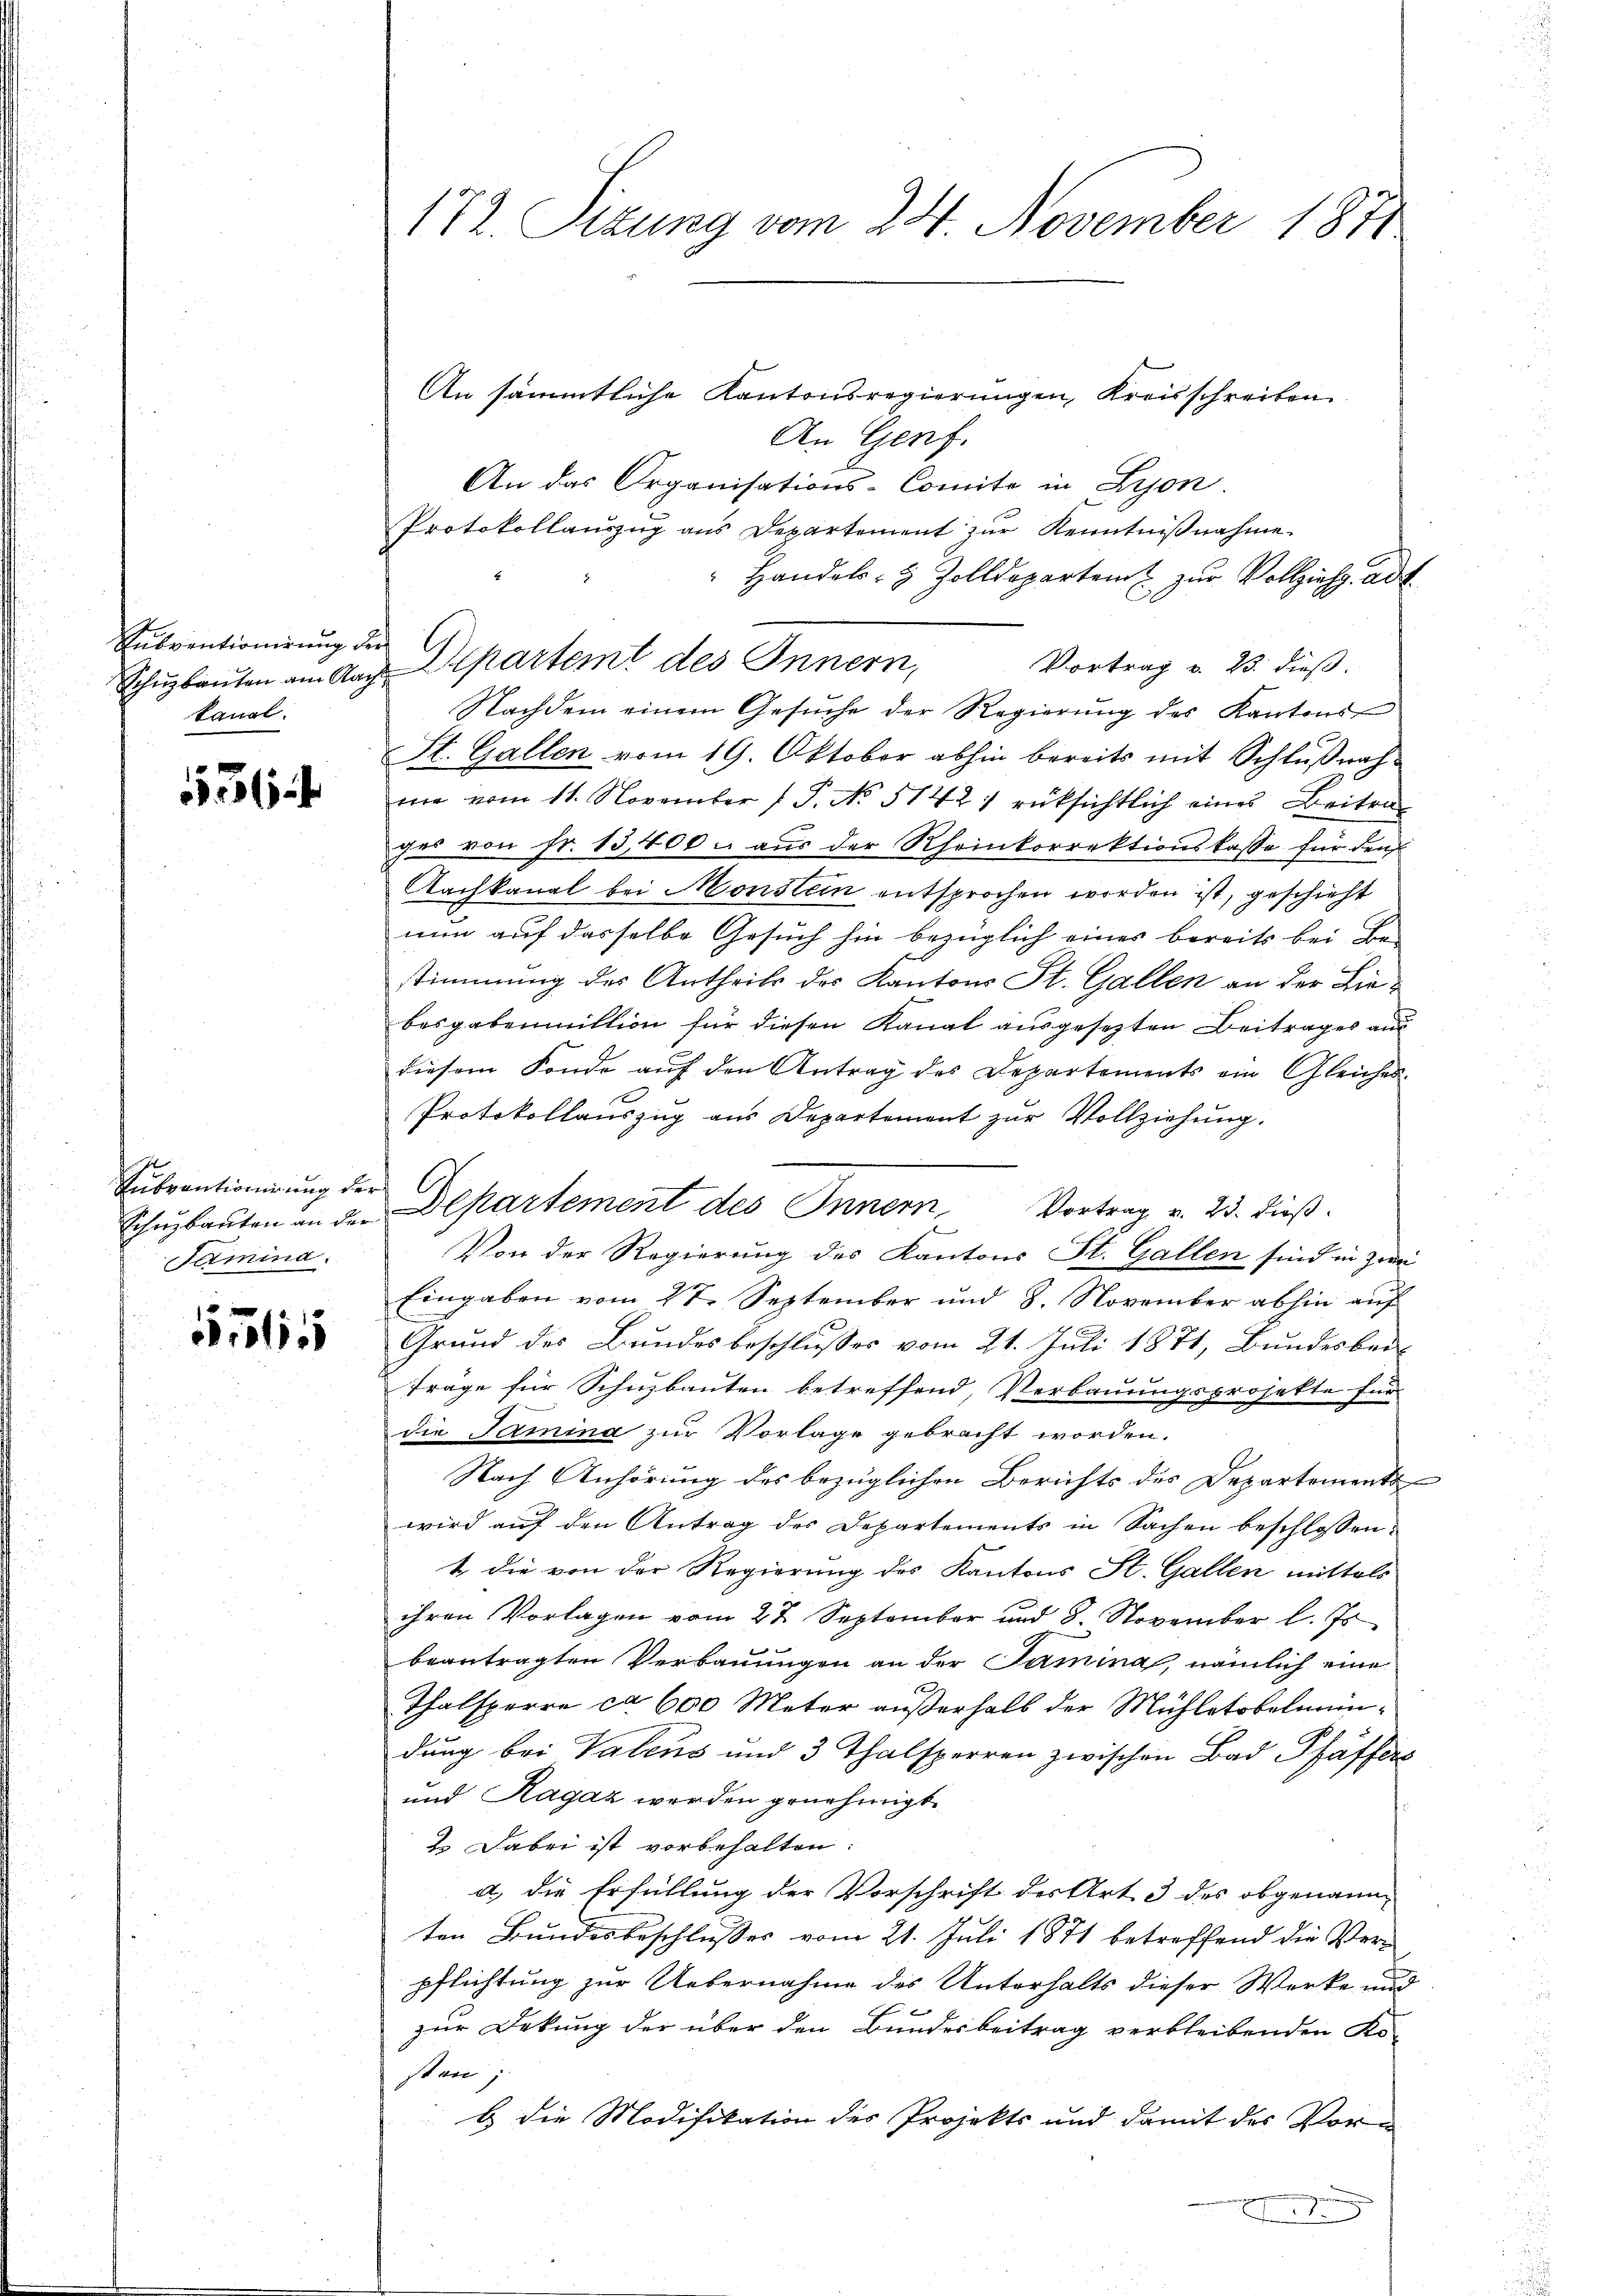
Subventionirung der
Schüzbauten am Nac
kanal.

6

Subventionirung der
Schuzbauten an der
Samina.

örlis

172 Sizung vom 24. November 1871

An sämmtliche Kantonsregierungen, Kreisschreiben
An Genf.
An das Organisations-Comite in Lyon
Protokollaŭszŭg ans Departement zŭr Kenntniβnahme.
 Handels- & Zolldepartem zur Vollziehe ad
Departemt des Innern,
Vortrag v. 23. dieß.
Nachdem einem Gesŭche der Regierŭng des Kantons
St. Gallen vom 19. Oktober abhin bereits mit Schlußnahme vom 11. November 1 S. No 5142) rüksichtlich eines Beitrages von Fr. 15,400. aus der Rheinkorrektionskasse für den
Nachkanal bei Monslein entsprochen worden ist, geschieht
nun auf dasselbe Gesuch hin bezüglich eines bereits bei Be-
stimmung des Antheils des Kantons St. Gallen an der Liebesgabenmittion für diesen Kanal ausgesezten Beitrages aus
diesem Fonde auf den Antrag des Departements ein Gleiches.
u
Protokollauszug aus Departement zur Vollziehung.
Von der Regierung des Kantons St. Gallen sind in zwei
Eingaben vom 27. September und 8. November abhin auf
Grund des Bundesbeschlusses vom 21. Juli 1871, Bundesber
Trage für Schnzbauten betreffend, Verbauungsprojekte für
die Samina zur Vorlage gebracht worden.
Nach Anhörung des bezüglichen Berichts des Departements
wird auf den Antrag des Departements in Sachen beschlossen:
t die von der Regierung des Kantons St. Gallen mittels
ihren Vorlagen vom 27. September und 8. November l. Js.
beantragten Verbauungen an der Tamina, nämlich eine
3
Thalsperre ca 600 Meter außerhalb der Mühletobelmündung bei Valens und 3 Thalsperren zwischen Bad Pfäffers
und Ragaz werden genehmigt.
2. Dabei ist vorbehalten.
a.) die Erfüllung der Vorschrift der Art 3 des obgenann
ten Bundesbeschlusses vom 21. Juli 1871 betreffend die Ver-
pflichtung zur Uebernahme des Unterhalts dieser Werke und
f
zur Dekung der über den Bundesbeitrag verbleibenden Kosten;
b die Modifikation des Projekts und damit des Vore

l

Departement des Innern, Vortrag v. 23. dieß.